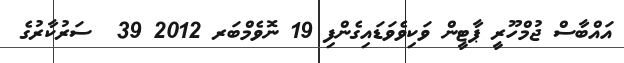
އައްބާސް ޖުމްހޫރީ ޕާޓީން ވަކިވެވަޑައިގެންފި 19 ނޮވެމްބަރ 2012 39  ސަރުކާރުގެ